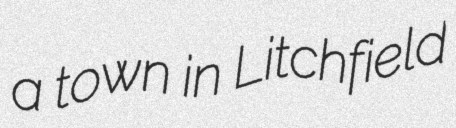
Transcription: a town in Litchfield